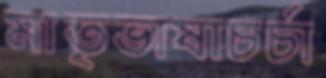
মাতৃভাষাচর্চা